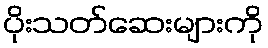
ပိုးသတ်ဆေးများကို